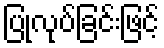
ပြုလုပ်ခြင်းဖြင့်